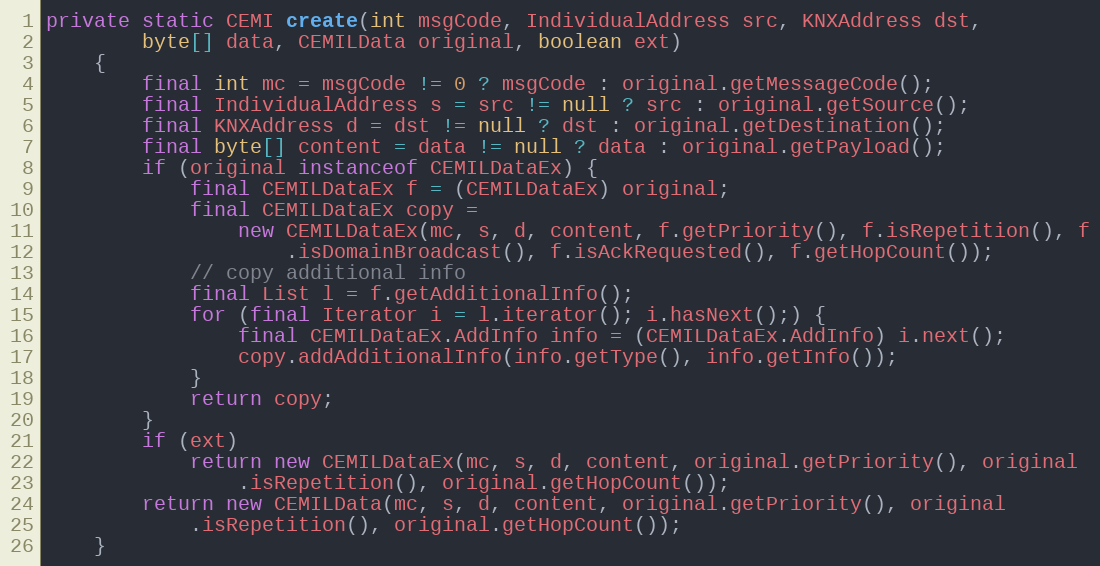
Language: Java
private static CEMI create(int msgCode, IndividualAddress src, KNXAddress dst,
		byte[] data, CEMILData original, boolean ext)
	{
		final int mc = msgCode != 0 ? msgCode : original.getMessageCode();
		final IndividualAddress s = src != null ? src : original.getSource();
		final KNXAddress d = dst != null ? dst : original.getDestination();
		final byte[] content = data != null ? data : original.getPayload();
		if (original instanceof CEMILDataEx) {
			final CEMILDataEx f = (CEMILDataEx) original;
			final CEMILDataEx copy =
				new CEMILDataEx(mc, s, d, content, f.getPriority(), f.isRepetition(), f
					.isDomainBroadcast(), f.isAckRequested(), f.getHopCount());
			// copy additional info
			final List l = f.getAdditionalInfo();
			for (final Iterator i = l.iterator(); i.hasNext();) {
				final CEMILDataEx.AddInfo info = (CEMILDataEx.AddInfo) i.next();
				copy.addAdditionalInfo(info.getType(), info.getInfo());
			}
			return copy;
		}
		if (ext)
			return new CEMILDataEx(mc, s, d, content, original.getPriority(), original
				.isRepetition(), original.getHopCount());
		return new CEMILData(mc, s, d, content, original.getPriority(), original
			.isRepetition(), original.getHopCount());
	}